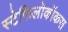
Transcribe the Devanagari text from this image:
स्टेफिलोकॉकस